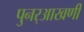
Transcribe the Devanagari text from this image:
पुनर्‌आखणी